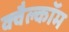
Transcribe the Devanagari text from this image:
क्वैल्कॉम